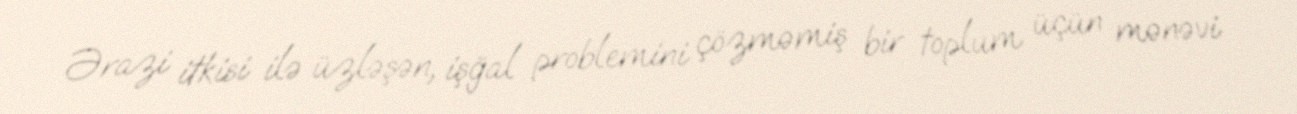
Ərazi itkisi ilə üzləşən, işğal problemini çözməmiş bir toplum üçün mənəvi